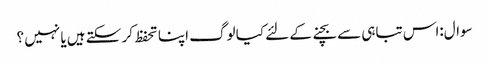
سوال:اس تباہی سے بچنے کے لئے کیا لوگ اپنا تحفظ کر سکتے ہیں یا نہیں ؟